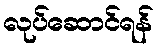
လုပ်ဆောင်ရန်